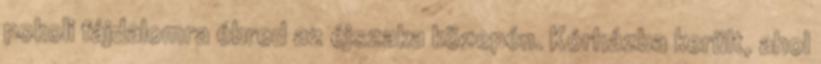
pokoli fájdalomra ébred az éjszaka közepén. Kórházba került, ahol